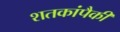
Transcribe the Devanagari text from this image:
शतकांपैकी